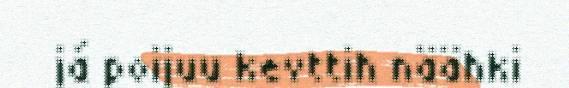
já poijuu kevttih näähki